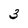
Character: 3